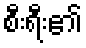
စီးရီး၏